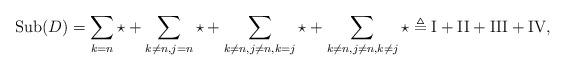
LaTeX: \begin{align*} \mathrm{Sub}(D)=\sum_{k=n}\star+\sum_{k\neq n, j=n}\star+\sum_{k\neq n, j\neq n, k=j}\star+\sum_{k\neq n, j\neq n, k\neq j}\star\triangleq\mathrm{I}+\mathrm{II}+\mathrm{III}+\mathrm{IV}, \end{align*}